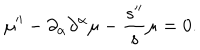
\mu ^ { \prime \prime } - \partial _ { \alpha } \partial ^ { \alpha } \mu - \frac { s ^ { \prime \prime } } { s } \mu = 0 .